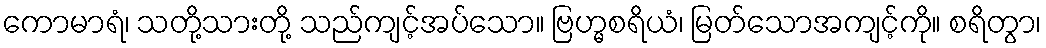
ကောမာရံ၊ သတို့သားတို့ သည်ကျင့်အပ်သော။ ဗြဟ္မစရိယံ၊ မြတ်သောအကျင့်ကို။ စရိတွာ၊